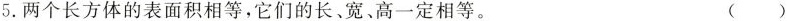
5.两个长方体的表面积相等，它们的长、宽、高一定相等。 ( )